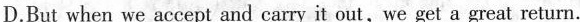
D.But when we accept and carry it out, we get a great return.